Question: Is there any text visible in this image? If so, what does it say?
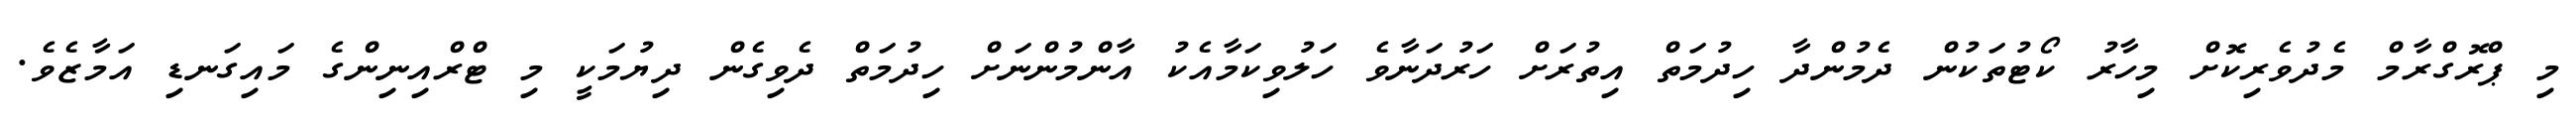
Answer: މި ޕްރޮގްރާމް މެދުވެރިކޮށް މިހާރު ކޯޓުތަކުން ދެމުންދާ ހިދުމަތް އިތުރަށް ހަރުދަނާވެ ހަލުވިކަމާއެކު އާންމުންނަށް ހިދުމަތް ދެވިގެން ދިޔުމަކީ މި ޓްރްއިނިންގެ މައިގަނޑި އަމާޒެވެ.